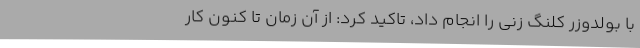
با بولدوزر کلنگ زنی را انجام داد، تاکید کرد: از آن زمان تا کنون کار